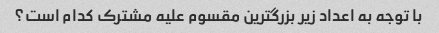
با توجه به اعداد زیر بزرگترین مقسوم علیه مشترک کدام است؟